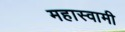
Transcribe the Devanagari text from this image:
महास्वामी